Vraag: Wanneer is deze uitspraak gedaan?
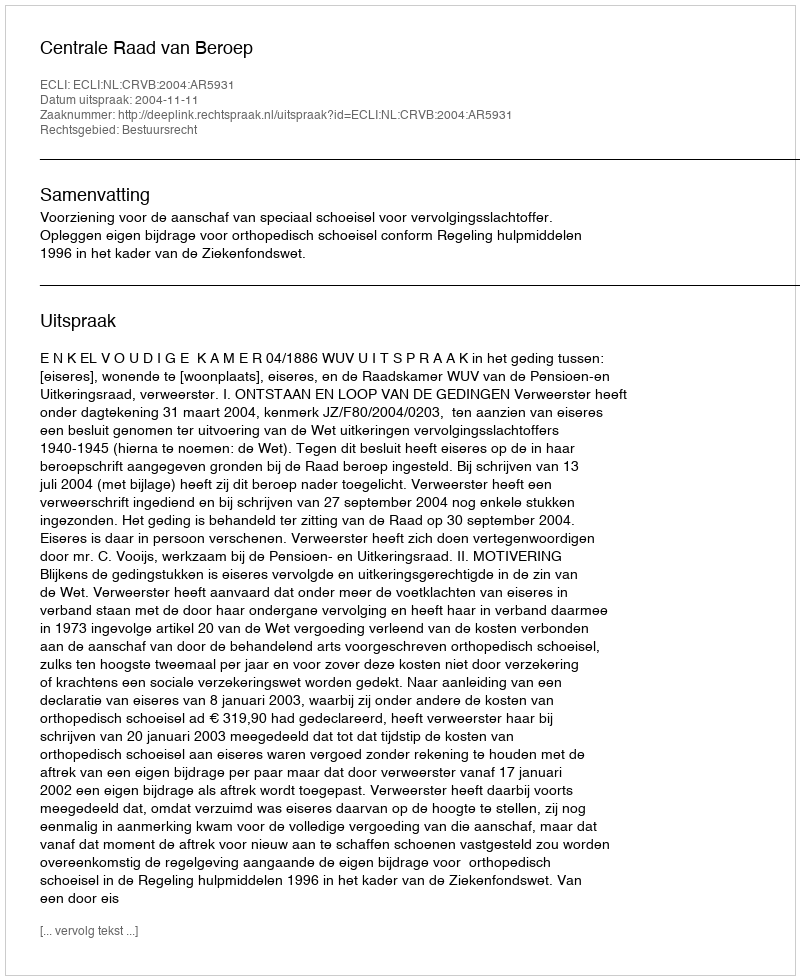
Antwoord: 2004-11-11